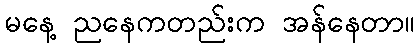
မနေ့ ညနေကတည်းက အန်နေတာ။